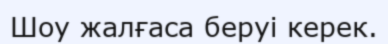
Шоу жалғаса беруі керек.